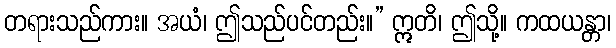
တရားသည်ကား။ အယံ၊ ဤသည်ပင်တည်း။” ဣတိ၊ ဤသို့။ ကထယန္တာ၊